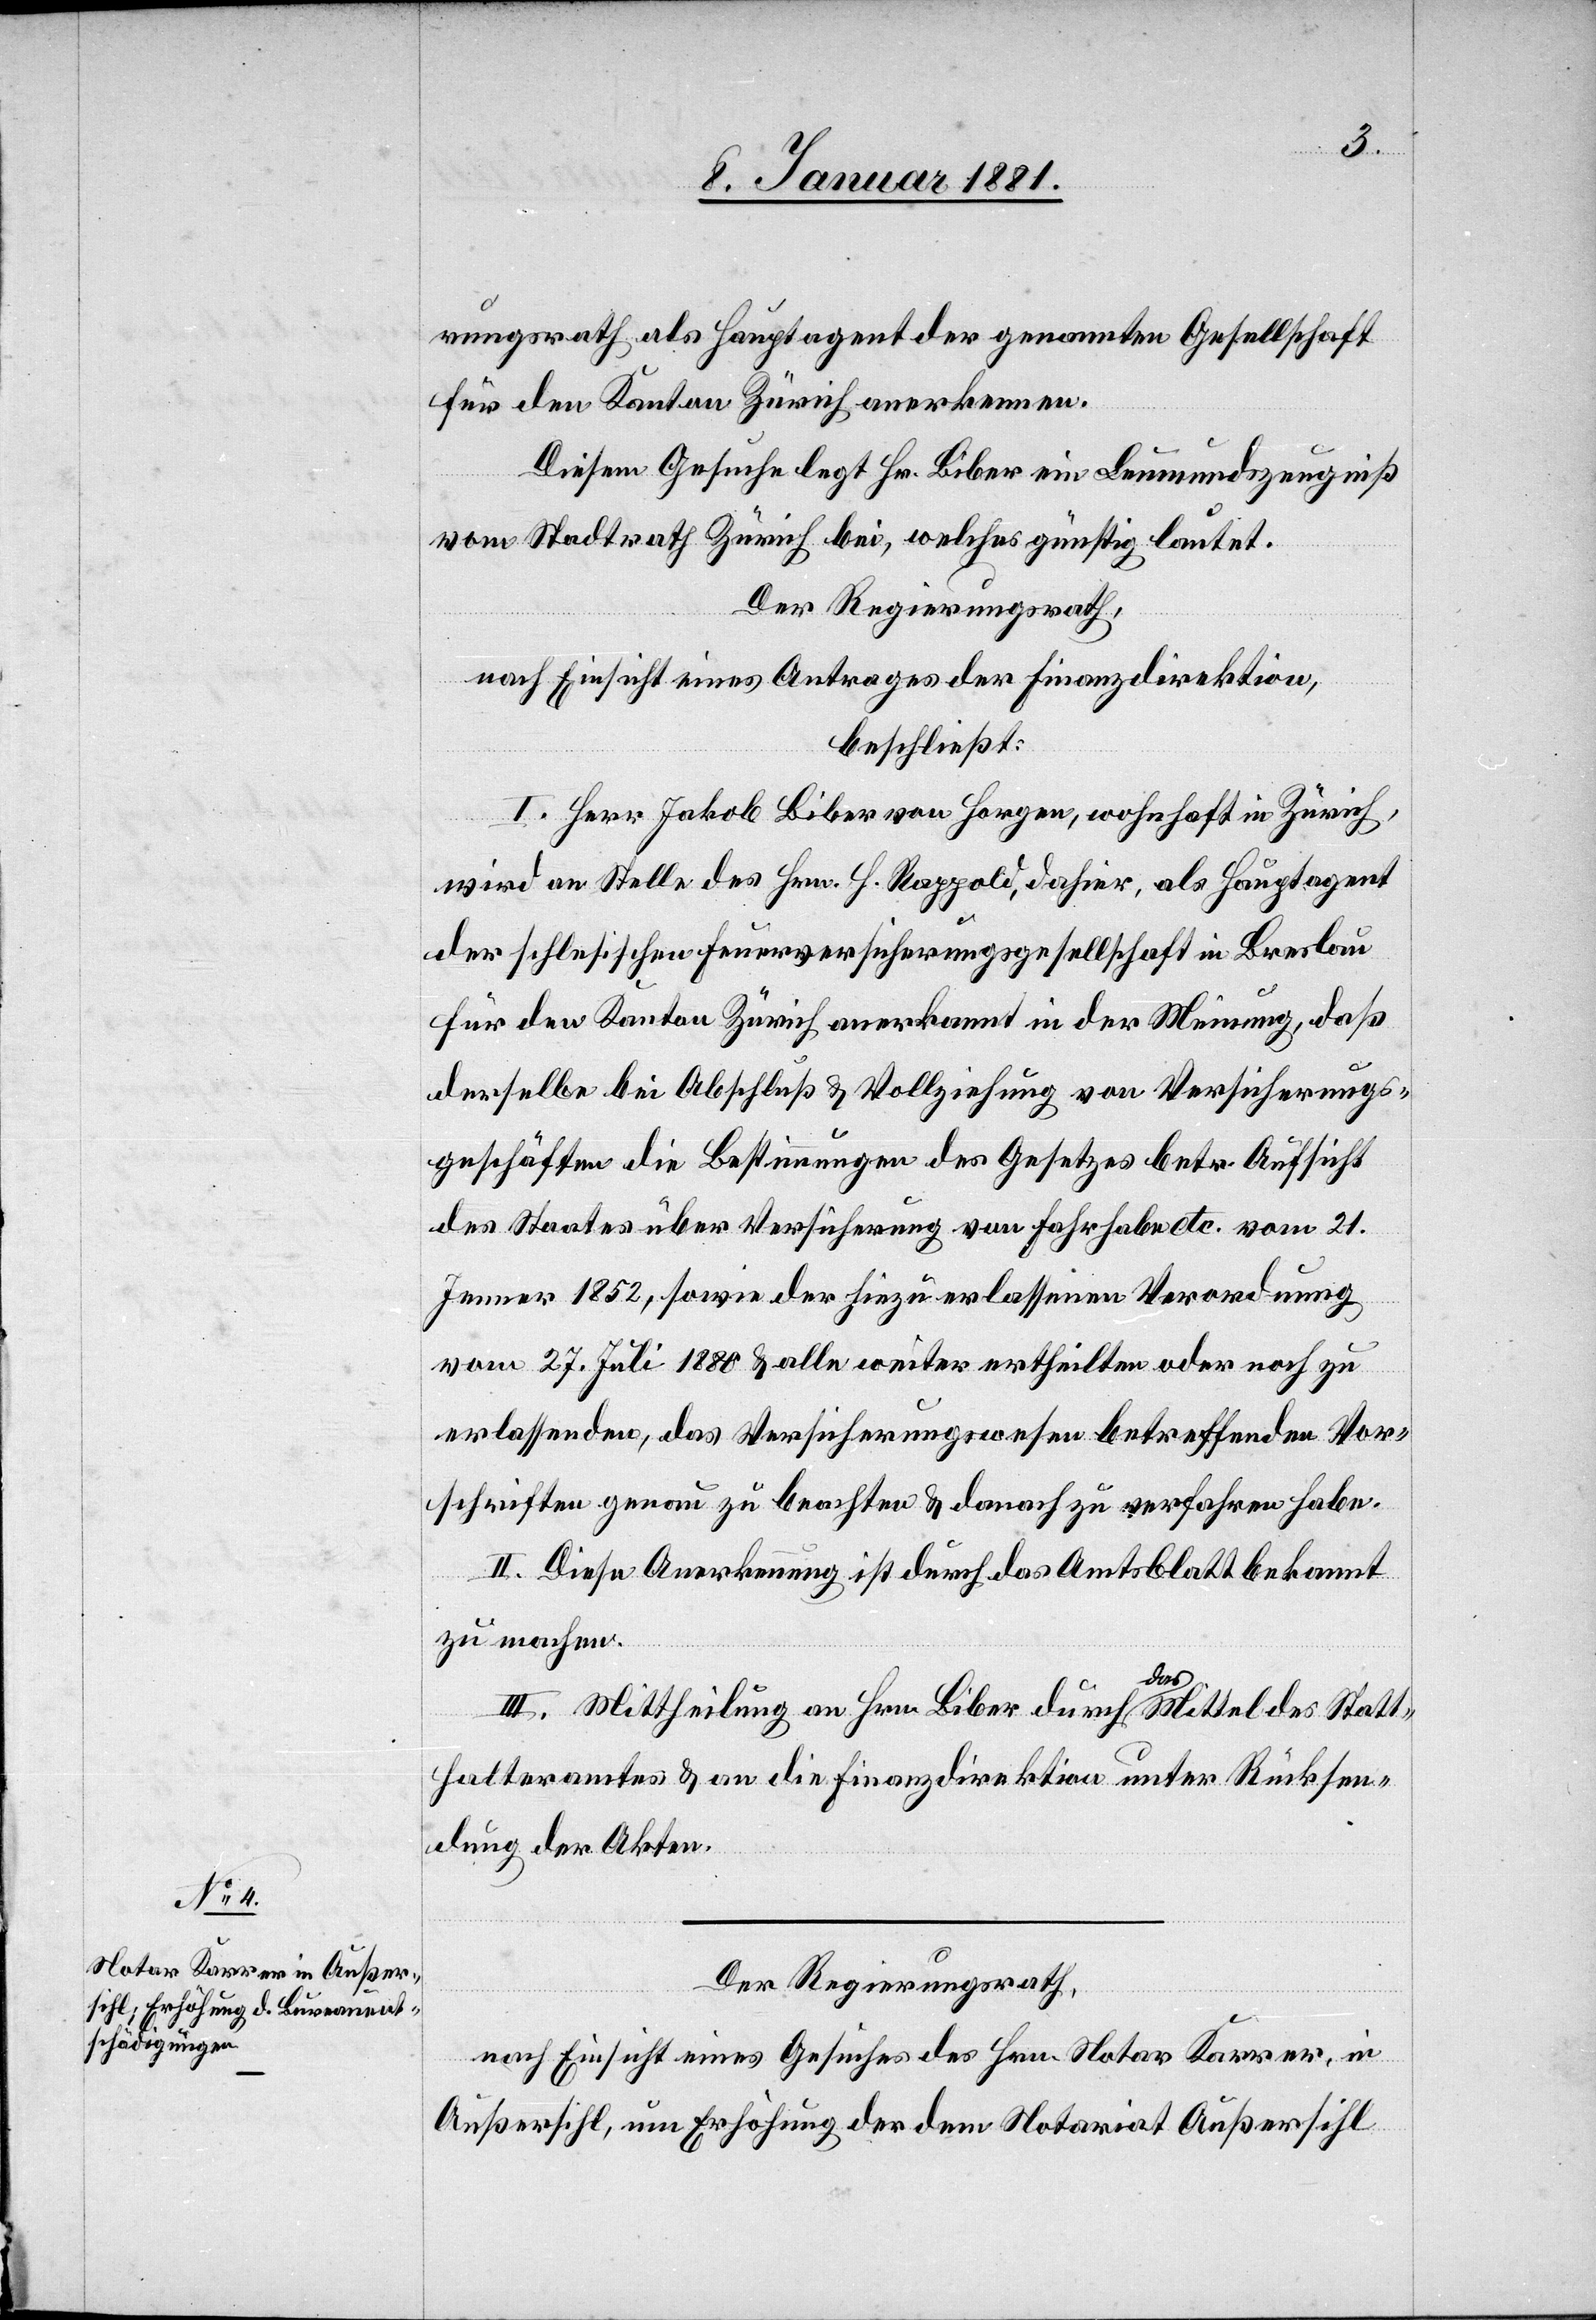
rungsrath als Hauptagent der genannten Gesellschaft
für den Kanton Zürich anerkennen.
Diesem Gesuche legt Hr. Biber ein Leumundszeugniß
vom Stadtrath Zürich bei, welches günstig lautet.
Der Regierungsrath,
nach Einsicht eines Antrages der Finanzdirektion,
beschließt:
I. Herr Jakob Biber von Horgen, wohnhaft in Zürich,
wird an Stelle des Hrn. H. Rappold, dahier, als Hauptagent
der schlesischen Feuerversicherungsgesellschaft in Breslau
für den Kanton Zürich anerkannt in der Meinung, daß
derselbe bei Abschluß & Vollziehung von Versicherungs¬
geschäften die Bestimmungen des Gesetzes betr. Aufsicht
des Staates über Versicherung von Fahrhabe etc. vom 21.
Jenner 1852, sowie der hiezu erlassenen Verordnung
vom 27. Juli 1880 & alle weiter ertheilten oder noch zu
erlassenden, das Versicherungswesen betreffenden Vor¬
schriften genau zu beachten & danach zu verfahren habe.
II. Diese Anerkennung ist durch das Amtsblatt bekannt
zu machen.
III. Mittheilung an Hrn. Biber durch das Mittel des Statt¬
halteramtes & an die Finanzdirektion unter Rücksen¬
dung der Akten.
Der Regierungsrath,
nach Einsicht eines Gesuches des Hrn. Notar Karrer, in
Außersihl, um Erhöhung der dem Notariat Außersihl